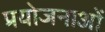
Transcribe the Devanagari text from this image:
प्रयोजनाओं